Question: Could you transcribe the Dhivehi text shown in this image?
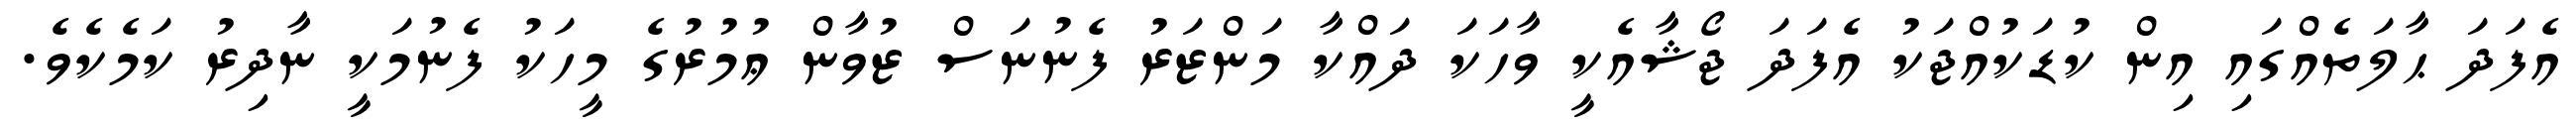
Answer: އެފަދަ ޙާލަތެއްގައި އިން ކުޑަކުއްޖަކު އެފަދަ ޖޯޝާއެކީ ވާހަކަ ދައްކާ މަންޒަރު ފެނުނަސް ޒުވާން ޢުމުރުގެ މީހަކު ފެނުމަކީ ނާދިރު ކަމެކެވެ.